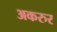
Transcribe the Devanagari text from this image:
अकरुर